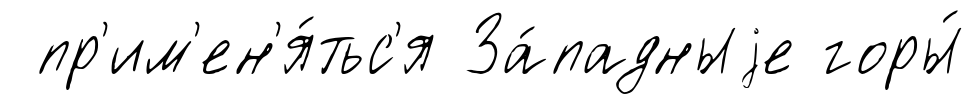
пр'им'ен'я́тьс'я За́падныjе горы́